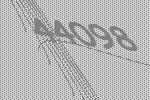
44098